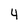
Character: 4